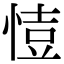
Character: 𢜳